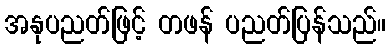
အနုပညတ်ဖြင့် တဖန် ပညတ်ပြန်သည်။